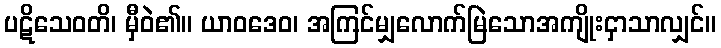
ပဋိသေဝတိ၊ မှီဝဲ၏။ ယာဝဒေဝ၊ အကြင်မျှလောက်မြဲသောအကျိုးငှာသာလျှင်။